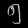
Digit: ၅